Civil Veterinary Department Bihar reports 1936-40 - 1936-1940
Year: 1936
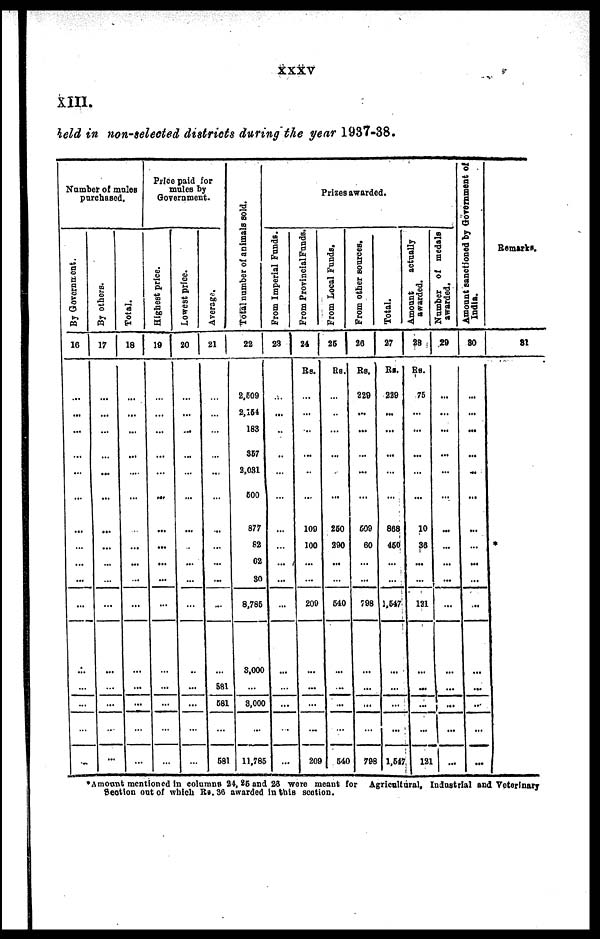
xxxv
XIII.
held in non-selected districts during the year 1937-38.
Number of males
purchased.
By Government.
16
...
...
...
...
...
...
...
...
...
...
...
...
...
...
...
...
By others.
17
...
...
...
...
...
...
...
...
...
...
...
...
...
...
...
...
Total.
18
...
...
...
...
...
...
...
...
...
...
...
...
...
...
...
...
Price paid for
mules by
Government.
Highest price.
19
...
...
...
...
...
...
...
...
...
...
...
...
...
...
...
...
Lowest price.
20
...
...
...
...
...
...
...
...
..
...
...
...
...
...
...
...
Average.
21
...
...
...
...
...
...
...
...
...
...
...
...
581
681
...
581
Total number of animals sold.
22
2,609
2,154
183
357
2,031
600
877
82
62
80
8,785
3,000
...
8,000
...
11,785
From Imperial Funds.
23
...
...
...
..
...
...
...
...
....
...
...
...
...
...
...
...
From Provincial Funds.
24
RS.
...
...
...
...
...
...
100
100
...
...
200
...
...
...
...
209
Prizes awarded.
From Local Funds.
25
RS.
...
...
...
...
...
...
250
290
...
...
540
...
...
...
...
540
From other sources.
26
Rs.
229
...
...
...
...
...
599
60
...
...
798
...
...
...
...
798
Total.
27
Rs.
229
...
...
...
...
...
868
460
...
...
1,547
...
...
...
...
1,547
Amount
actually
awarded.
28
Rs.
75
...
...
...
...
...
10
36
...
...
121
...
...
...
...
121
Number of medals
awarded.
29
...
...
...
...
...
...
...
...
...
...
...
...
...
...
...
...
Amount sanctioned by Government of
India.
30
...
...
...
...
...
...
...
...
...
...
...
...
...
...
...
...
Remarks.
31
*Amount mentioned in columns 24, 25 and 26 wore meant for Agricultural, Industrial and Veterinary
Section out of which RS. 36 awarded in this section.